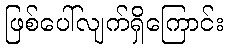
ဖြစ်ပေါ်လျက်ရှိကြောင်း